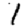
Digit: 1